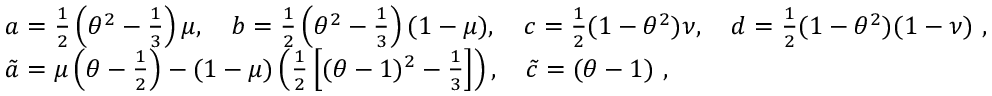
\begin{array} { r l } & { a = \frac { 1 } { 2 } \left( \theta ^ { 2 } - \frac { 1 } { 3 } \right) \mu , \quad b = \frac { 1 } { 2 } \left( \theta ^ { 2 } - \frac { 1 } { 3 } \right) ( 1 - \mu ) , \quad c = \frac { 1 } { 2 } ( 1 - \theta ^ { 2 } ) \nu , \quad d = \frac { 1 } { 2 } ( 1 - \theta ^ { 2 } ) ( 1 - \nu ) \ , } \\ & { \tilde { a } = \mu \left( \theta - \frac { 1 } { 2 } \right) - ( 1 - \mu ) \left( \frac { 1 } { 2 } \left[ ( \theta - 1 ) ^ { 2 } - \frac { 1 } { 3 } \right] \right) , \quad \tilde { c } = ( \theta - 1 ) \ , } \end{array}